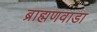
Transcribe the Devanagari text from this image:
ब्राह्मणवाडा